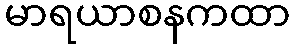
မာရယာစနကထာ